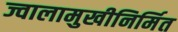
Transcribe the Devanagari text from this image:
ज्वालामुखीनिर्मित